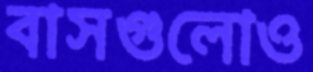
বাসগুলোও